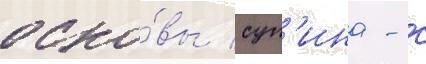
осно́вы суп'ина - с